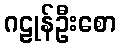
ဂဠုန်ဦးစော